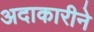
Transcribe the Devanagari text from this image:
अदाकारीने